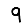
Digit: 9